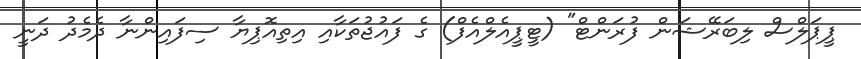
ޕީޕަލްސް ލިބަރޭޝަން ފުރަންޓް" (ޓީޕީއެލްއެފް) ގެ ފައުޖުތަކާއި އިތިއޮޕިޔާ ސިފައިންނާ ދެމެދު ދަނީ